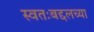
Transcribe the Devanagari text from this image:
स्वतःबद्दलच्या